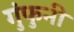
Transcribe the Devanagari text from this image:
गुंफुनी